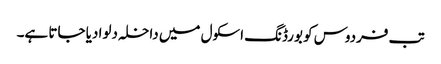
تب فردوس کو بورڈنگ اسکول میں داخلہ دلوا دیا جاتا ہے۔